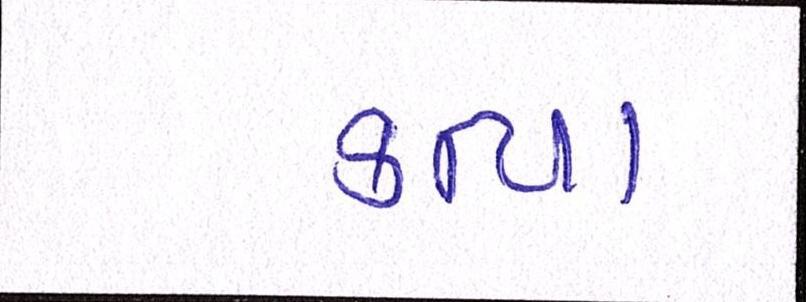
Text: કન્યા